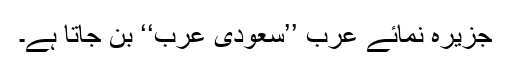
جزیرہ نمائے عرب ’’سعودی عرب‘‘ بن جاتا ہے۔